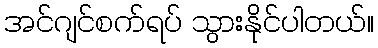
အင်ဂျင်စက်ရပ် သွားနိုင်ပါတယ်။